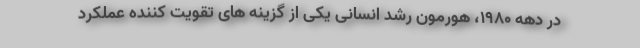
در دهه 1980، هورمون رشد انسانی یکی از گزینه های تقویت کننده عملکرد